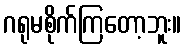
ဂရုမစိုက်ကြတော့ဘူး။